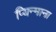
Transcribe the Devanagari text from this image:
प्यिन्माना